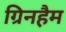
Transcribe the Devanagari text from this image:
ग्रिनहैम